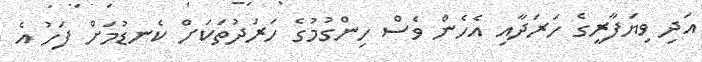
އަދި ވިޔަފާރީގެ ހަރަދާއި އެހެން ވެސް ހިންގުމުގެ ހަރަދުތަކަށް ކެނޑުމަށް ފަހު އެ